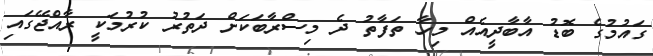
ގައުމުގެ ބޮޑު އާބާދީއެއް މިހާ ތަފާތު ދެ މިސްރާބަކަށް ދަތުރު ކުރުމަކީ ރާއްޖޭގައި